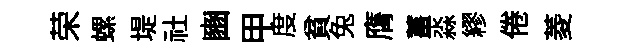
荣螺堤社豳甲度貧兔膺薑淼繆倦菱